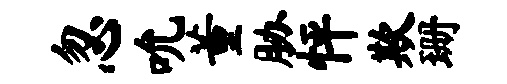
忽吮董胁怦欺珊